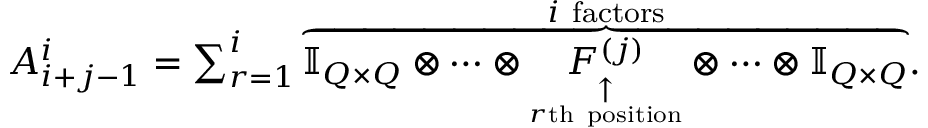
\begin{array} { r } { A _ { i + j - 1 } ^ { i } = \sum _ { r = 1 } ^ { i } \overset { i \mathrm { ~ f a c t o r s } } { \overbrace { \ensuremath { \mathbb { I } _ { Q \times Q } } \otimes \cdots \otimes \underset { \underset { r \mathrm { t h ~ p o s i t i o n } } { \uparrow } } { F ^ { ( j ) } } \otimes \cdots \otimes \ensuremath { \mathbb { I } _ { Q \times Q } } } } . } \end{array}